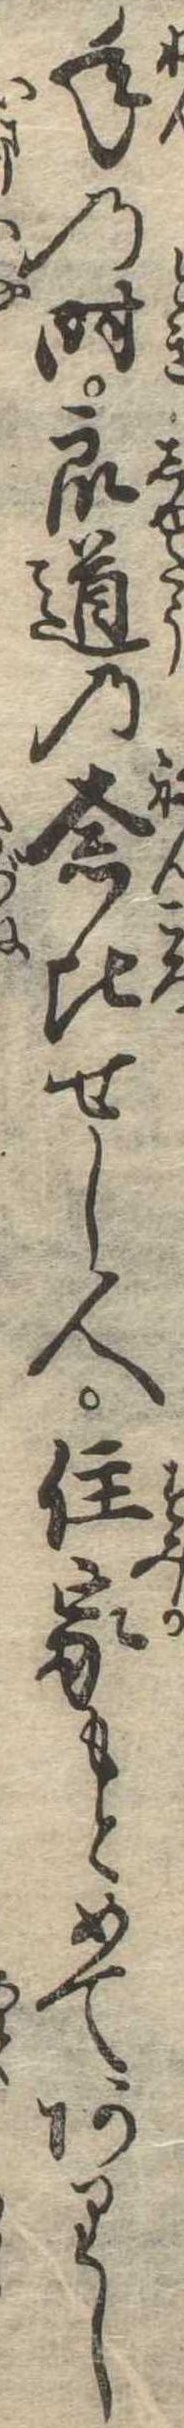
年の時衆道の念比せし人住家もとめてありし